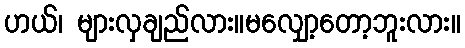
ဟယ်၊ များလှချည်လား။မလျှော့တော့ဘူးလား။